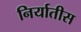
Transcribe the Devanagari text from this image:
निर्यातीस